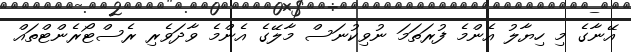
އޭނާގެ މި ހިޔާލު އެންމެ ފުރަތަމަ ނުވިކުނަސް މާލޭގެ އެންމެ ވާދަވެރި ރެސްޓޯރެންޓްތައް